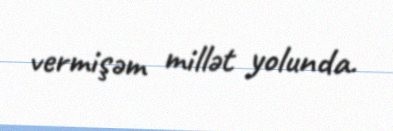
vermişəm millət yolunda.